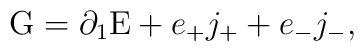
{\rm G}  = \partial_{1} {\rm E} + e_{+} j_{+} + e_{-} j_{-},